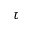
\tau